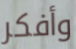
وأفكر